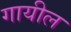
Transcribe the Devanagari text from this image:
गायील